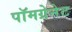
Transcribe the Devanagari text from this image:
पॉमग्रेनेट